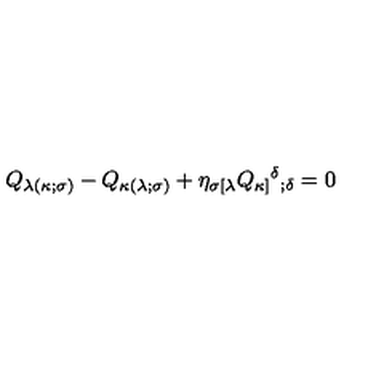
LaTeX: Q _ { \lambda ( \kappa ; \sigma ) } - Q _ { \kappa ( \lambda ; \sigma ) } + \eta _ { \sigma [ \lambda } Q _ { \kappa ] } { ^ \delta } _ { ; \delta } = 0